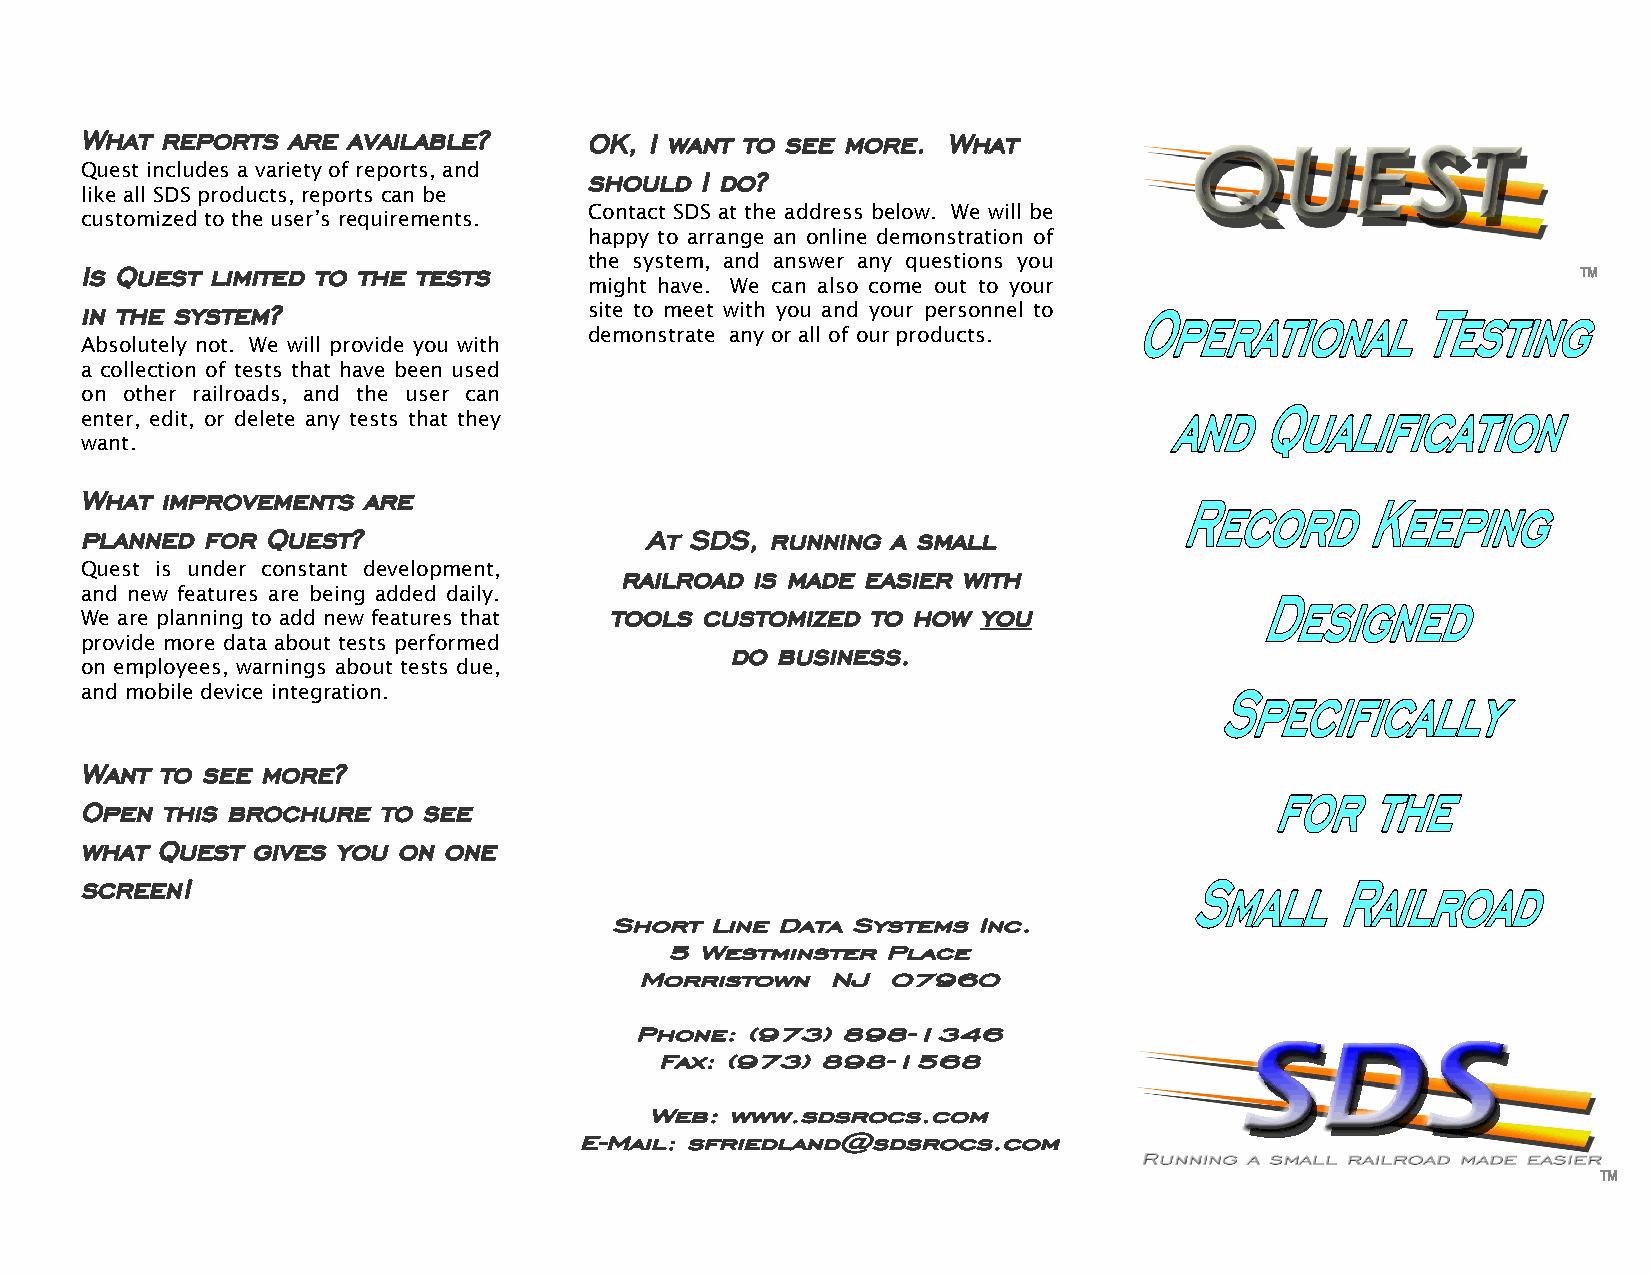
What  reports are available?      OK, I want to see more. What
 Quest includes a variety of reports, and should I do?
 like all SDS products, reports can be
 Contact SDS at the address below. We will be
 customized to the user’s requirements.
 happy to arrange an online demonstration of
 Is Quest limited to the tests     the system, and answer any questions you
 might have. We can also come out to your
 in the system?
 site to meet with you and your personnel to
 demonstrate any or all of our products.
 Absolutely not. We will provide you with
 a collection of tests that have been used
 on other railroads, and the user can
 enter, edit, or delete any tests that they
 want.
 What  improvements are
 planned for  Quest?                   At SDS, running a small
 Quest is under constant development, railroad is made easier with
 and new features are being added daily.
 tools customized  to how you
 We are planning to add new features that
 provide more data about tests performed    do business.
 on employees, warnings about tests due,
 and mobile device integration.
 Want  to see more?
 Open  this brochure to see
 what Quest  gives you on one
 screen!